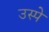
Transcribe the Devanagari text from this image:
उस्पे